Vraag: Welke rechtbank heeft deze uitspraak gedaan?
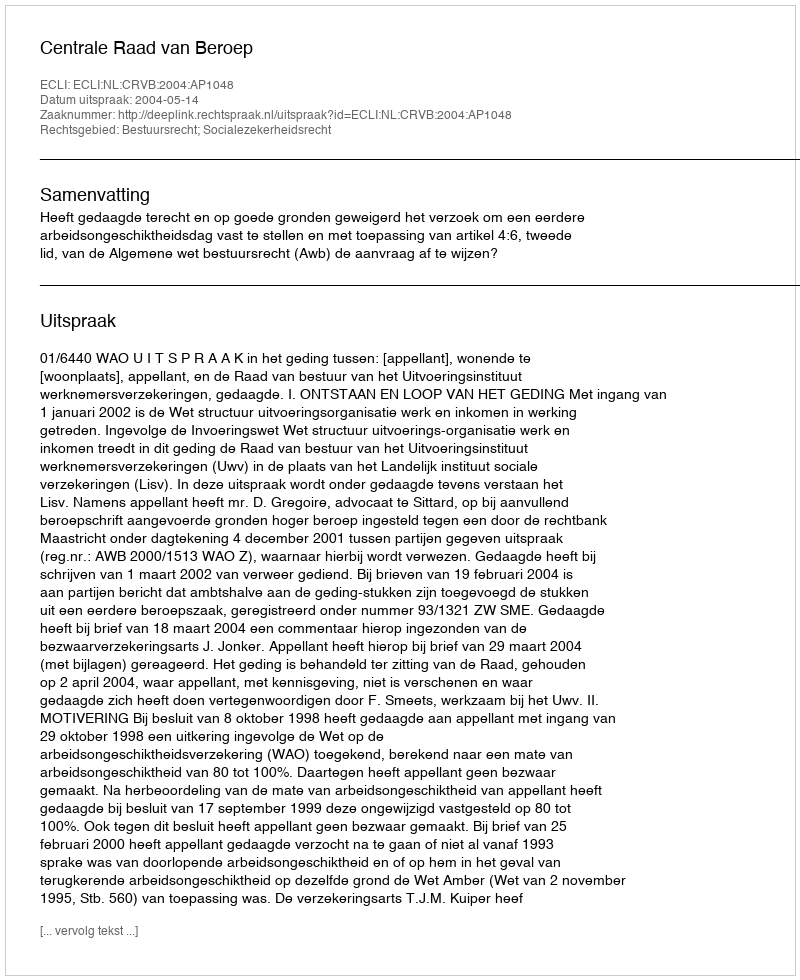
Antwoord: Centrale Raad van Beroep